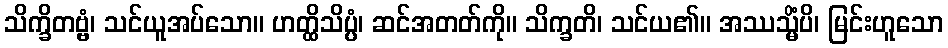
သိက္ခိတဗ္ဗံ၊ သင်ယူအပ်သော။ ဟတ္ထိသိပ္ပံ၊ ဆင်အတတ်ကို။ သိက္ခတိ၊ သင်ယ၏။ အဿသ္မိံပိ၊ မြင်းဟူသော